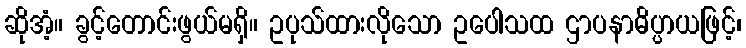
ဆိုအံ့။ ခွင့်တောင်းဖွယ်မရှိ။ ဥပုသ်ထားလိုသော ဥပေါသထ ဌာပနာဓိပ္ပာယဖြင့်၊